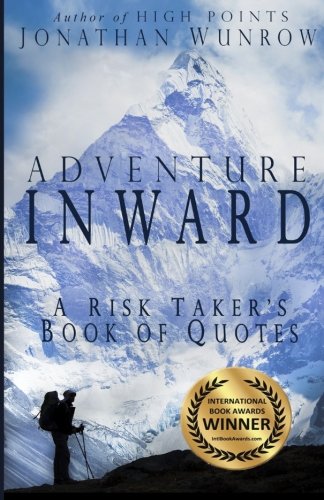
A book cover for Adventure Inward: A Risk Taker's Book of Quotes; Jonathan Wunrow; Sports & Outdoors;